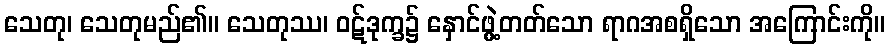
သေတု၊ သေတုမည်၏။ သေတုဿ၊ ဝဋ်ဒုက္ခ၌ နှောင်ဖွဲ့တတ်သော ရာဂအစရှိသော အကြောင်းကို။